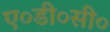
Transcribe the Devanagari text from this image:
ए०डी०सी०